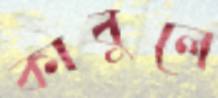
কাবুলে